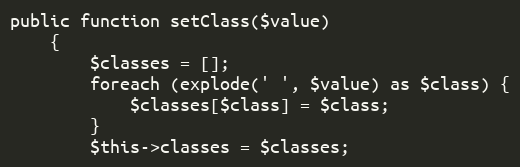
Language: PHP
public function setClass($value)
    {
        $classes = [];
        foreach (explode(' ', $value) as $class) {
            $classes[$class] = $class;
        }
        $this->classes = $classes;